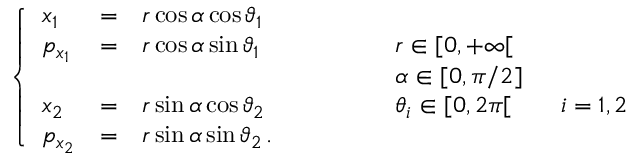
\left\{ \begin{array} { l c l l } { x _ { 1 } } & { = } & { r \cos \alpha \cos \vartheta _ { 1 } } & \\ { p _ { x _ { 1 } } } & { = } & { r \cos \alpha \sin \vartheta _ { 1 } } & { \qquad \qquad r \in [ 0 , + \infty [ } \\ & & & { \qquad \qquad \alpha \in [ 0 , \pi / 2 ] } \\ { x _ { 2 } } & { = } & { r \sin \alpha \cos \vartheta _ { 2 } } & { \qquad \qquad \theta _ { i } \in [ 0 , 2 \pi [ \qquad i = 1 , 2 } \\ { p _ { x _ { 2 } } } & { = } & { r \sin \alpha \sin \vartheta _ { 2 } \, . } & \end{array} \right.